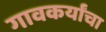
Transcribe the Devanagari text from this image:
गावकर्यांचा